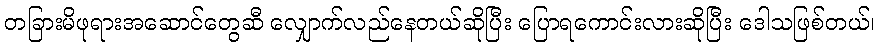
တခြားမိဖုရားအဆောင်တွေဆီ လျှောက်လည်နေတယ်ဆိုပြီး ပြောရကောင်းလားဆိုပြီး ဒေါသဖြစ်တယ်၊